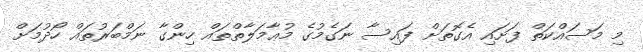
މި މަސައްކަތް ފަށައި އެގޮތަށް ފައިސާ ނަގެމުގެ މުޢާމަލާތްތައް ހިންގާ ނަމްބަރުތައް ހޯދުމަށް